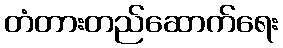
တံတားတည်ဆောက်ရေး